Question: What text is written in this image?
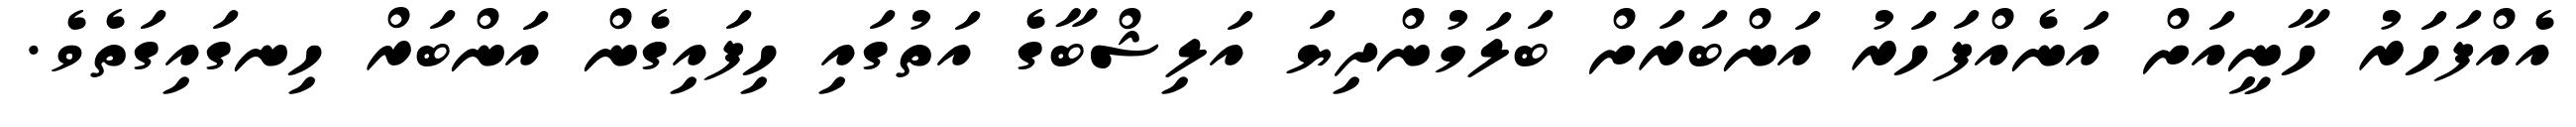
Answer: އެއްފަހަރު ހާނީއަށް އަނެއްފަހަރު އަންބަރަށް ބަލަމުންދިޔަ އަލިޝްބާގެ އަތުގައި ހިފައިގެން އަންބަރް ހިނގައިގަތެވެ.